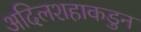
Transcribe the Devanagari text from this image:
अदिलशहाकडुन